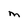
Character: M